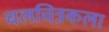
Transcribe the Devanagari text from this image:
चलचित्रकला